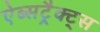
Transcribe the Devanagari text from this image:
ऐब्सट्रैक्ट्स